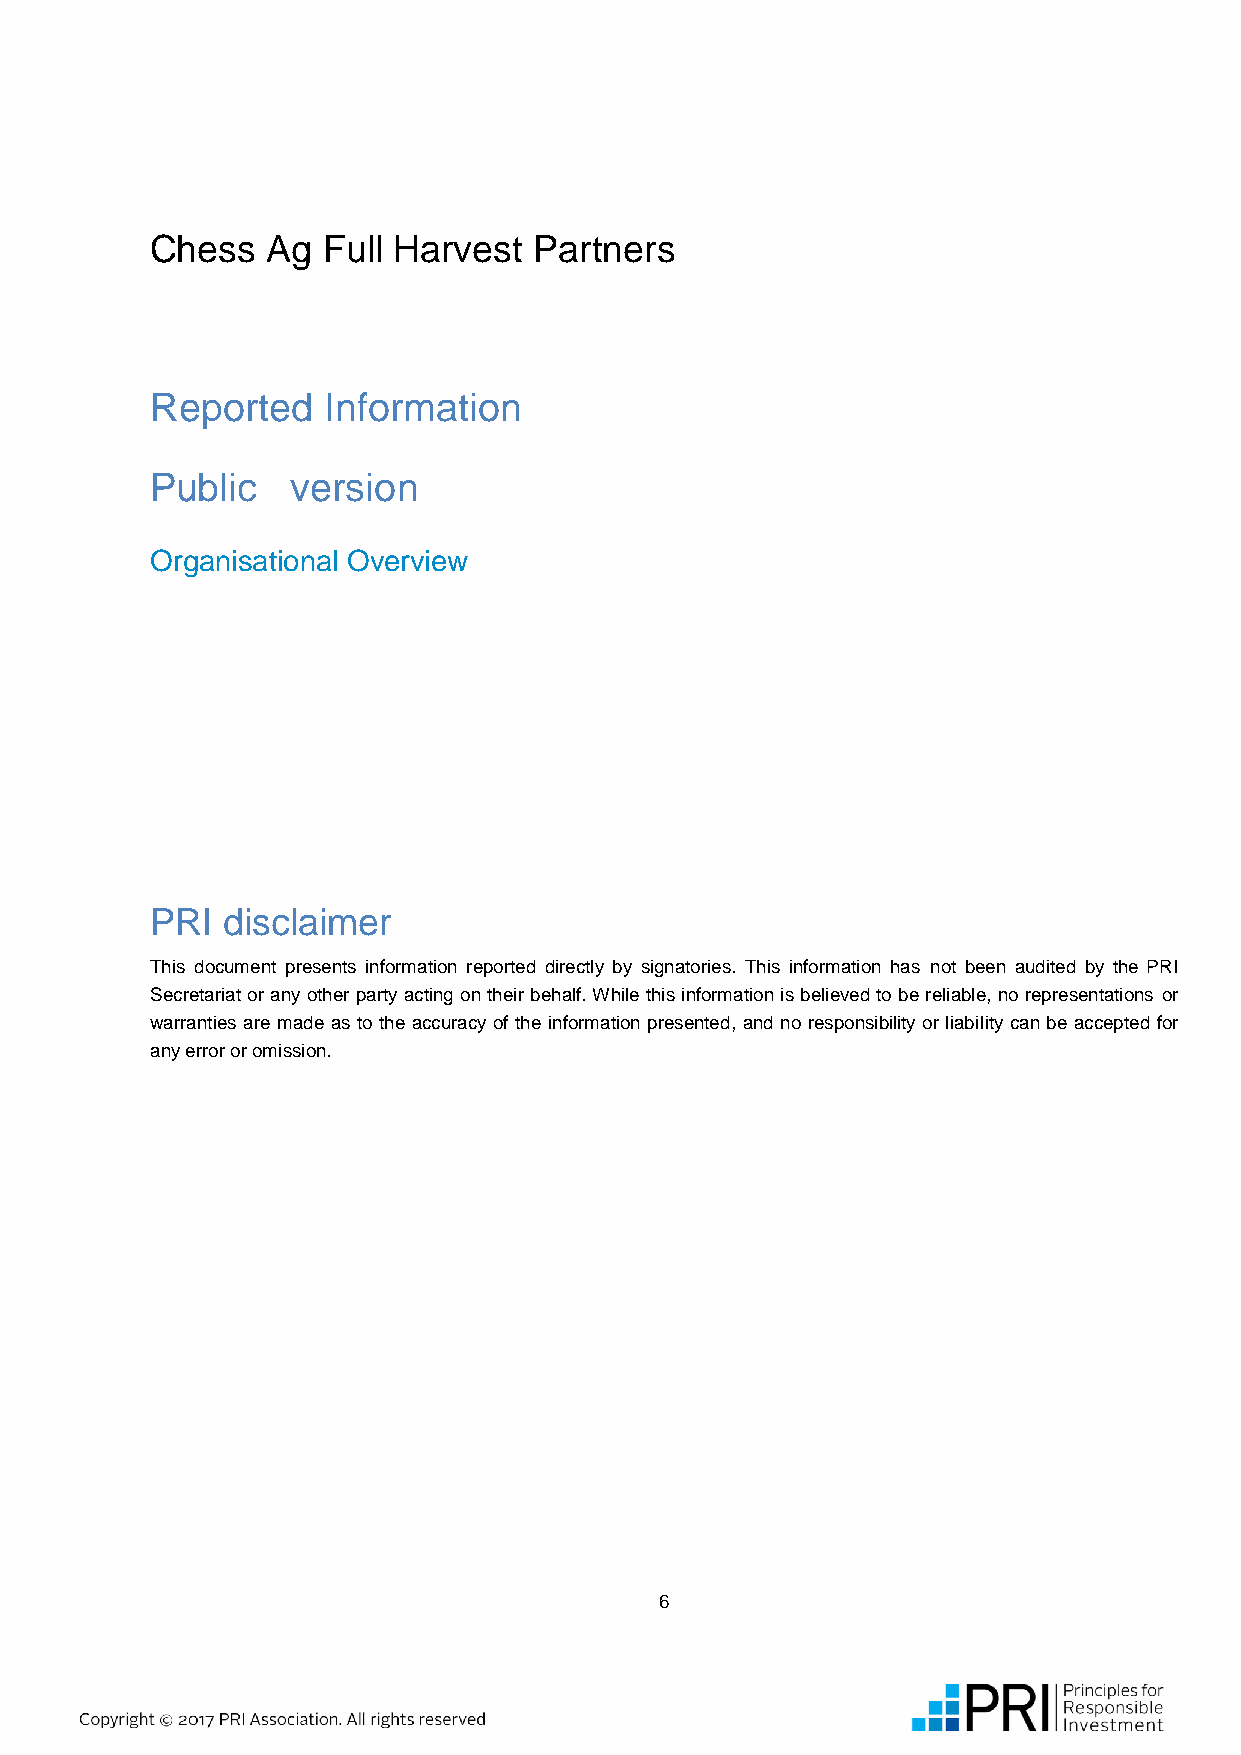
Chess   Ag Full Harvest  Partners
 Reported   Information
 Public   version
 Organisational Overview
 PRI  disclaimer
 This document presents information reported directly by signatories. This information has not been audited by the PRI
 Secretariat or any other party acting on their behalf. While this information is believed to be reliable, no representations or
 warranties are made as to the accuracy of the information presented, and no responsibility or liability can be accepted for
 any error or omission.
 6